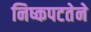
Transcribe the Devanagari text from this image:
निष्कपटतेने